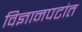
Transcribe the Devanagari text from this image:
विज्ञानपटांत